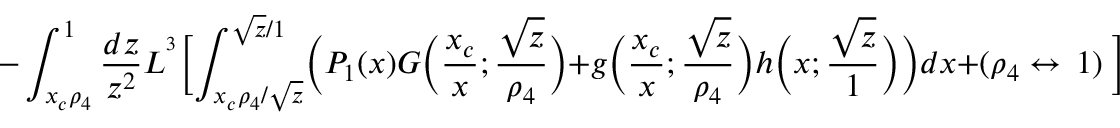
- \int _ { x _ { c } \rho _ { 4 } } ^ { 1 } \frac { d z } { z ^ { 2 } } L ^ { ^ 3 } \biggl [ \int _ { { x _ { c } \rho _ { 4 } } / { \sqrt { z } } } ^ { \sqrt { z } / 1 } \biggl ( P _ { 1 } ( x ) G \biggl ( \frac { x _ { c } } { x } ; \frac { \sqrt { z } } { \rho _ { 4 } } \biggr ) + g \biggl ( \frac { x _ { c } } { x } ; \frac { \sqrt { z } } { \rho _ { 4 } } \biggr ) h \biggl ( x ; \frac { \sqrt { z } } { 1 } \biggr ) \biggr ) d x + ( \rho _ { 4 } \leftrightarrow \ 1 ) \ \biggr ] ,